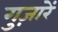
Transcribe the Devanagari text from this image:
गुज़ारें